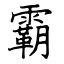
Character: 霸